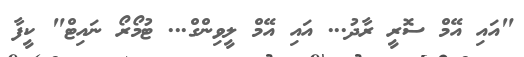
"އައި އޭމް ސޮރީ ރާދު... އައި އޭމް ލީވިންގް... ޓުމޯރޯ ނައިޓް" ކީފާ